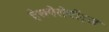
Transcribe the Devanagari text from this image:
हेसपेरोपीट्स